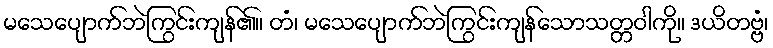
မသေပျောက်ဘဲကြွင်းကျန်၏။ တံ၊ မသေပျောက်ဘဲကြွင်းကျန်သောသတ္တဝါကို။ ဒယိတဗ္ဗံ၊